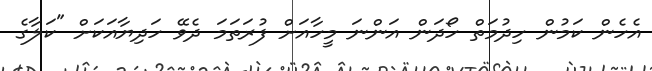
އެހެން ކަމުން ހިދުމަތް ހޯދަން އަންނަ މީހާއަށް ފުރަތަމަ ދެވޭ ހަދިޔާއަކަށް "ކަލާގެ